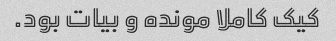
کیک کاملا مونده و بیات بود.